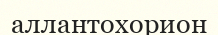
аллантохорион